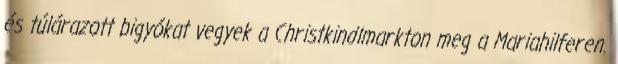
és túlárazott bigyókat vegyek a Christkindlmarkton meg a Mariahilferen.